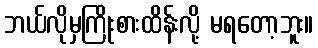
ဘယ်လိုမှကြိုးစားထိန်းလို့ မရတော့ဘူး။